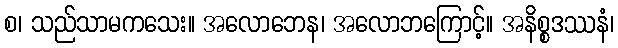
စ၊ သည်သာမကသေး။ အလောဘေန၊ အလောဘကြောင့်။ အနိစ္စဒဿနံ၊